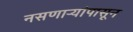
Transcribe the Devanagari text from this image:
नसणाऱ्यांपासून